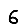
Digit: 6